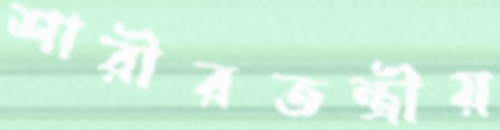
শারীরতন্ত্রীয়